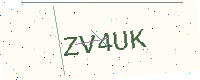
Text: ZV4UK